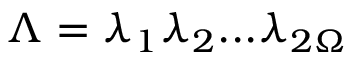
\Lambda = \lambda _ { 1 } \lambda _ { 2 } . . . \lambda _ { 2 \Omega }